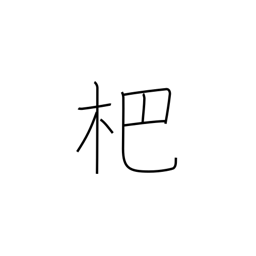
Meaning: kind of rake